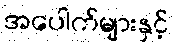
အပေါက်များနှင့်